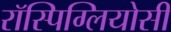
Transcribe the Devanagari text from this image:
रॉस्पिग्लियोसी